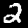
Digit: 2